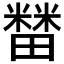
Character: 𰣘